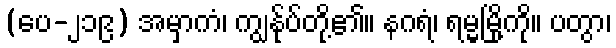
(ပေ-၂၁၉) အမှာကံ၊ ကျွန်ုပ်တို့၏။ နဂရံ၊ ရမ္မမြို့ကို။ ပတွာ၊